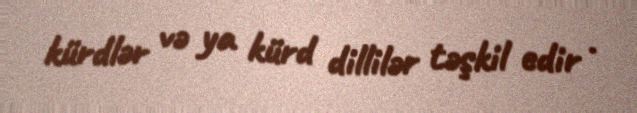
kürdlər və ya kürd dillilər təşkil edir .